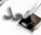
بعد